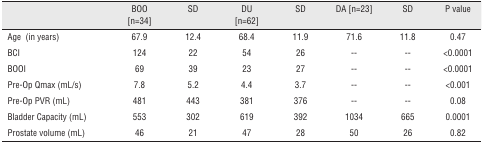
<table><thead><tr><td><b> </b></td><td><b>BOO [n=34]</b></td><td><b>SD</b></td><td><b>DU [n=62]</b></td><td><b>SD</b></td><td><b>DA [n=23]</b></td><td><b>SD</b></td><td><b>P value</b></td></tr></thead><tbody><tr><td>Age (in years)</td><td>67.9</td><td>12.4</td><td>68.4</td><td>11.9</td><td>71.6</td><td>11.8</td><td>0.47</td></tr><tr><td>BCI</td><td>124</td><td>22</td><td>54</td><td>26</td><td>--</td><td>--</td><td>&lt;0.0001</td></tr><tr><td>BOOI</td><td>69</td><td>39</td><td>23</td><td>27</td><td>--</td><td>--</td><td>&lt;0.0001</td></tr><tr><td>Pre-Op Qmax (mL/s)</td><td>7.8</td><td>5.2</td><td>4.4</td><td>3.7</td><td>--</td><td>--</td><td>&lt;0.001</td></tr><tr><td>Pre-Op PVR (mL)</td><td>481</td><td>443</td><td>381</td><td>376</td><td>--</td><td>--</td><td>0.08</td></tr><tr><td>Bladder Capacity (mL)</td><td>553</td><td>302</td><td>619</td><td>392</td><td>1034</td><td>665</td><td>0.0001</td></tr><tr><td>Prostate volume (mL)</td><td>46</td><td>21</td><td>47</td><td>28</td><td>50</td><td>26</td><td>0.82</td></tr></tbody></table>